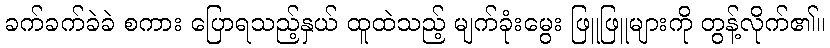
ခက်ခက်ခဲခဲ စကား ပြောရသည့်နှယ် ထူထဲသည့် မျက်ခုံးမွေး ဖြူဖြူများကို တွန့်လိုက်၏။